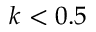
k < 0 . 5